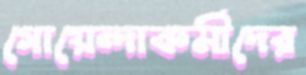
গোয়েন্দাকর্মীদের